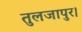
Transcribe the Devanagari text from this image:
तुलजापुर।